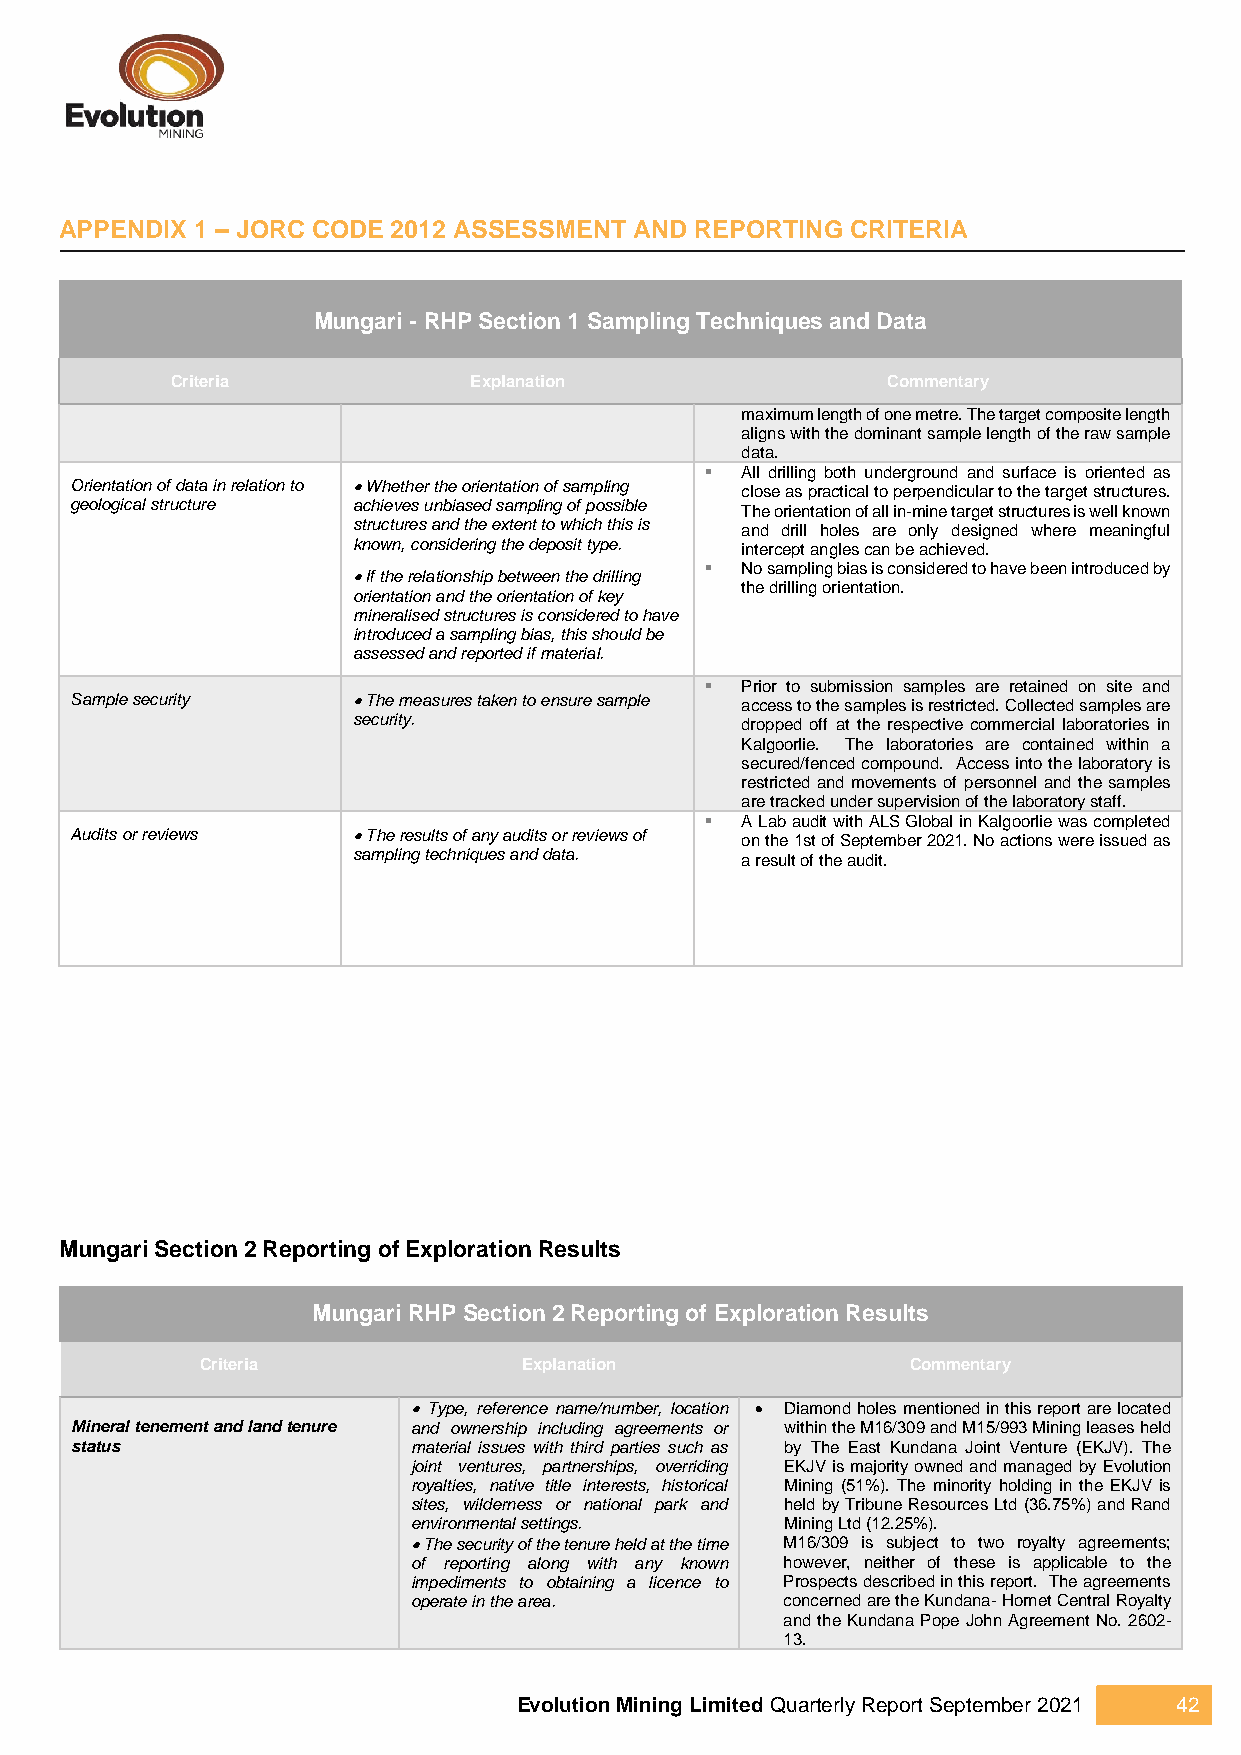
APPENDIX 1 – JORC CODE 2012 ASSESSMENT AND REPORTING CRITERIA
 Mungari - RHP Section 1 Sampling Techniques and Data
 Criteria            Explanation                 Commentary
 maximum length of one metre. The target composite length
 aligns with the dominant sample length of the raw sample
 data.
 ▪ All drilling both underground and surface is oriented as
 Orientation of data in relation to • Whether the orientation of sampling close as practical to perpendicular to the target structures.
 geological structure achieves unbiased sampling of possible The orientation of all in-mine target structures is well known
 structures and the extent to which this is and drill holes are only designed where meaningful
 known, considering the deposit type. intercept angles can be achieved.
 ▪ No sampling bias is considered to have been introduced by
 • If the relationship between the drilling
 the drilling orientation.
 orientation and the orientation of key
 mineralised structures is considered to have
 introduced a sampling bias, this should be
 assessed and reported if material.
 ▪ Prior to submission samples are retained on site and
 Sample security   • The measures taken to ensure sample access to the samples is restricted. Collected samples are
 security.                 dropped off at the respective commercial laboratories in
 Kalgoorlie. The laboratories are contained within a
 secured/fenced compound. Access into the laboratory is
 restricted and movements of personnel and the samples
 are tracked under supervision of the laboratory staff.
 ▪ A Lab audit with ALS Global in Kalgoorlie was completed
 Audits or reviews • The results of any audits or reviews of on the 1st of September 2021. No actions were issued as
 sampling techniques and data. a result of the audit.
 Mungari Section 2 Reporting of Exploration Results
 Mungari RHP Section 2 Reporting of Exploration Results
 Criteria              Explanation              Commentary
 • Type, reference name/number, location • Diamond holes mentioned in this report are located
 Mineral tenement and land tenure and ownership including agreements or within the M16/309 and M15/993 Mining leases held
 status                material issues with third parties such as by The East Kundana Joint Venture (EKJV). The
 joint ventures, partnerships, overriding EKJV is majority owned and managed by Evolution
 royalties, native title interests, historical Mining (51%). The minority holding in the EKJV is
 sites, wilderness or national park and held by Tribune Resources Ltd (36.75%) and Rand
 environmental settings.  Mining Ltd (12.25%).
 • The security of the tenure held at the time M16/309 is subject to two royalty agreements;
 of reporting along with any known however, neither of these is applicable to the
 impediments to obtaining a licence to Prospects described in this report. The agreements
 operate in the area.     concerned are the Kundana‐ Hornet Central Royalty
 and the Kundana Pope John Agreement No. 2602‐
 13.
 Evolution Mining Limited Quarterly Report September 2021 42